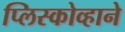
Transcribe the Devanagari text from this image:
प्लिस्कोव्हाने